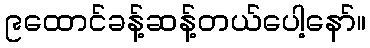
၉ထောင်ခန့်ဆန့်တယ်ပေါ့နော်။